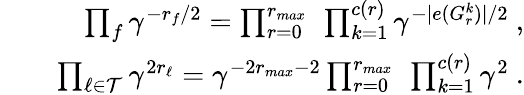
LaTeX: \begin{array}{rlr}&{}&{\prod_{f}\gamma^{-r_{f}/2}=\prod_{r=0}^{r_{max}}\ \prod_{k=1}^{c(r)}\gamma^{-|e(G_{r}^{k})|/2}\ ,}\\ &{}&{\prod_{\ell\in{\cal T}}\gamma^{2r_{\ell}}=\gamma^{-2r_{max}-2}\prod_{r=0}^{r_{max}}\ \prod_{k=1}^{c(r)}\gamma^{2}\ .}\end{array}